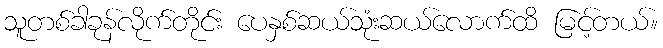
သူတစ်ခါခုန်လိုက်တိုင်း ပေနှစ်ဆယ်သုံးဆယ်လောက်ထိ မြင့်တယ်။